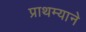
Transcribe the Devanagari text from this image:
प्राथम्याने